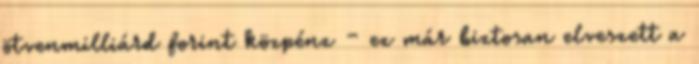
ötvenmilliárd forint közpénz – ez már biztosan elveszett a